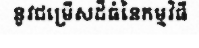
នូវជម្រើសដ៏ធំនៃកម្មវិធី